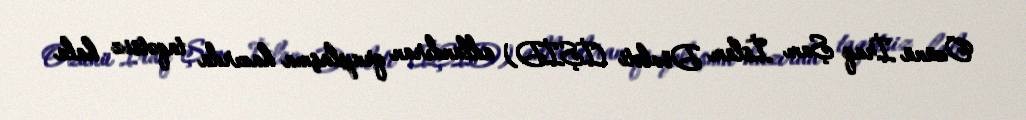
Özünü İraq Şam İslam Dövləti (İŞİD) adlandıran qruplaşma hazırda taqətsiz hala